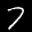
Label: 7